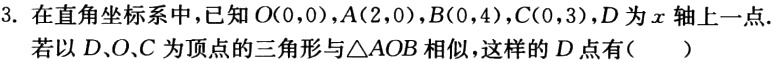
3. 在直角坐标系中，已知\(O(0,0)\)，\(A(2,0)\)，\(B(0,4)\)，\(C(0,3)\)，\(D\)为\(x\)轴上一点. 若以\(D\)、\(O\)、\(C\)为顶点的三角形与\(\triangle AOB\)相似，这样的\(D\)点有（  ）